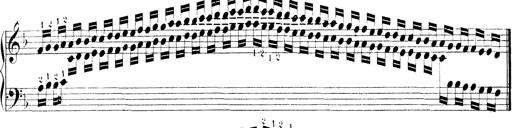
Title: Technische Studien
Composer: Franz Liszt